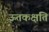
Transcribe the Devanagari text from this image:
ऊतकक्षति